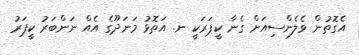
އެގޮތުން ވެލެންސިއަށް ގެނާ ކީޕަރަކީ ނ. އަތޮޅު މަނަދޫގެ އެއް ނަންބަރު ކީޕަރު